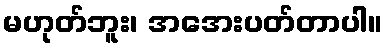
မဟုတ်ဘူး၊ အအေးပတ်တာပါ။